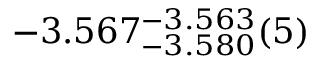
- 3 . 5 6 7 _ { - 3 . 5 8 0 } ^ { - 3 . 5 6 3 } ( 5 )